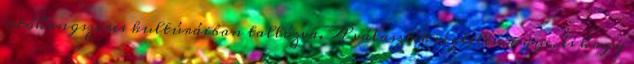
ütőhangszeres kultúráiban tallózva. A választék végtelen ugye, és hogy